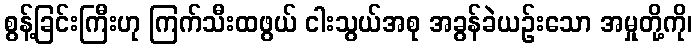
စွန့်ခြင်းကြီးဟု ကြက်သီးထဖွယ် ငါးသွယ်အစု အခွန်ခဲယဉ်းသော အမှုတို့ကို၊